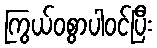
ကြွယ်ဝစွာပါဝင်ပြီး